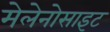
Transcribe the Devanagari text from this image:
मेलेनोसाइट